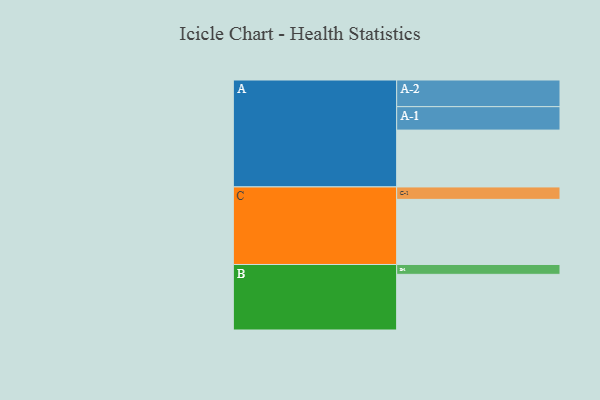
{"axis": {"x": "Segment", "y": "Value"}, "legend": ["", "A", "B", "C"], "data": [{"x": "A", "y": 439, "type": ""}, {"x": "B", "y": 430, "type": ""}, {"x": "C", "y": 503, "type": ""}, {"x": "A-1", "y": 181, "type": "A"}, {"x": "A-2", "y": 206, "type": "A"}, {"x": "B-1", "y": 76, "type": "B"}, {"x": "C-1", "y": 96, "type": "C"}]}